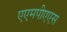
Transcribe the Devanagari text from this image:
एएमपीएएस